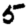
Digit: 5